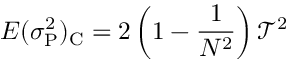
E ( \sigma _ { \mathrm P } ^ { 2 } ) _ { \mathrm C } = 2 \left( 1 - { \frac { 1 } { N ^ { 2 } } } \right) \mathcal { T } ^ { 2 }